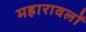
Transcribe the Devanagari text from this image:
महारावलों